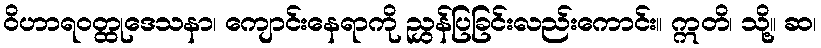
ဝိဟာရဝတ္ထုဒေသနာ၊ ကျောင်းနေရာကို ညွှန်ပြခြင်းလည်းကောင်း။ ဣတိ၊ သို့။ ဆ၊